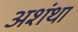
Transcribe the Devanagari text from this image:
अशंथा